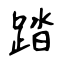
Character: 踏